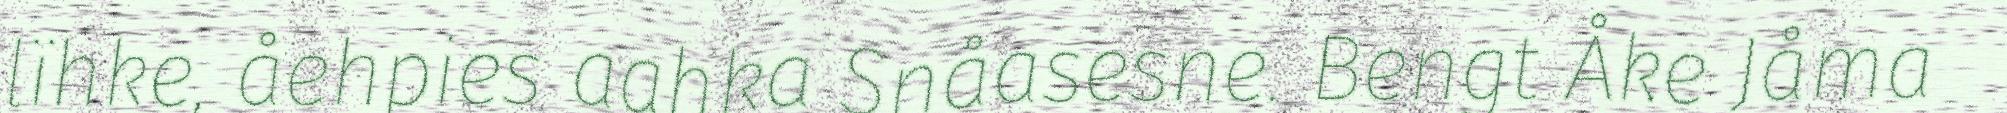
lïhke, åehpies aahka Snåasesne. Bengt Åke Jåma